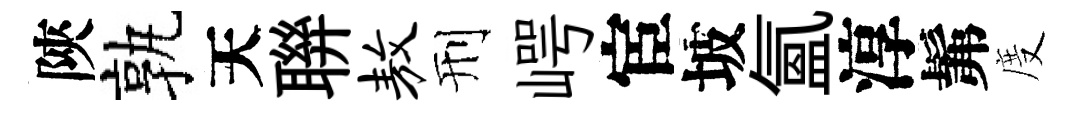
陝孰天聨敖刑崿宦坡氳淳髴度